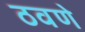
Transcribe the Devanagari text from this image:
ठवणे